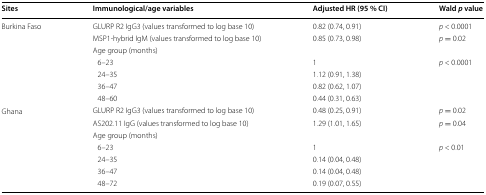
<table><thead><tr><td><b>Sites</b></td><td><b>Immunological/age variables</b></td><td><b>Adjusted HR (95 % CI)</b></td><td><b>Wald <i>p</i> value</b></td></tr></thead><tbody><tr><td rowspan="7">Burkina Faso</td><td>GLURP R2 IgG3 (values transformed to log base 10)</td><td>0.82 (0.74, 0.91)</td><td><i>p</i> &lt; 0.0001</td></tr><tr><td>MSP1-hybrid IgM (values transformed to log base 10)</td><td>0.85 (0.73, 0.98)</td><td><i>p</i> = 0.02</td></tr><tr><td colspan="3">Age group (months)</td></tr><tr><td> 6–23</td><td>1</td><td rowspan="4"><i>p</i> &lt; 0.0001</td></tr><tr><td> 24–35</td><td>1.12 (0.91, 1.38)</td></tr><tr><td> 36–47</td><td>0.82 (0.62, 1.07)</td></tr><tr><td> 48–60</td><td>0.44 (0.31, 0.63)</td></tr><tr><td rowspan="7">Ghana</td><td>GLURP R2 IgG3 (values transformed to log base 10)</td><td>0.48 (0.25, 0.91)</td><td><i>p</i> = 0.02</td></tr><tr><td>AS202.11 IgG (values transformed to log base 10)</td><td>1.29 (1.01, 1.65)</td><td><i>p</i> = 0.04</td></tr><tr><td colspan="3">Age group (months)</td></tr><tr><td> 6–23</td><td>1</td><td rowspan="4"><i>p</i> &lt; 0.01</td></tr><tr><td> 24–35</td><td>0.14 (0.04, 0.48)</td></tr><tr><td> 36–47</td><td>0.14 (0.04, 0.48)</td></tr><tr><td> 48–72</td><td>0.19 (0.07, 0.55)</td></tr></tbody></table>